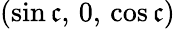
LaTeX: (\sin\mathfrak{c},\, 0,\, \cos\mathfrak{c})